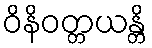
ဝိနိဝတ္တယန္တိ